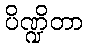
ပိဏ္ဍိတာ